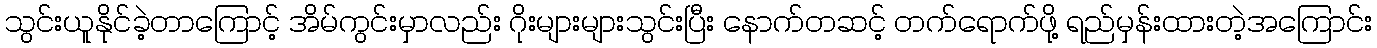
သွင်းယူနိုင်ခဲ့တာကြောင့် အိမ်ကွင်းမှာလည်း ဂိုးများများသွင်းပြီး နောက်တဆင့် တက်ရောက်ဖို့ ရည်မှန်းထားတဲ့အကြောင်း